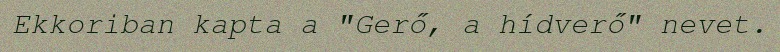
Ekkoriban kapta a "Gerő, a hídverő" nevet.